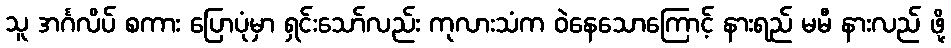
သူ အင်္ဂလိပ် စကား ပြောပုံမှာ ရှင်းသော်လည်း ကုလားသံက ဝဲနေသောကြောင့် နားရည် မမီ နားလည် ဖို့